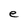
Character: e